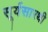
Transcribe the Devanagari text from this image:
सूर्यसारथी